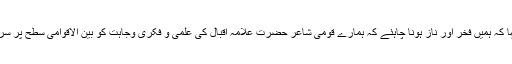
اُنہوں نے کہا کہ ہمیں فخر اور ناز ہونا چاہئے کہ ہمارے قومی شاعر حضرت علامہ اقبالؒ کی علمی و فکری وجاہت کو بین الاقوامی سطح پر سراہا جاتا ہے۔